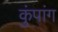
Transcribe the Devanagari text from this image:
कुंपांग